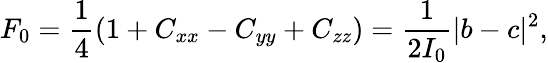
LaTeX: F_{0}={\frac{1}{4}}(1+C_{xx}-C_{yy}+C_{zz})={\frac{1}{2I_{0}}}|b-c|^{2},